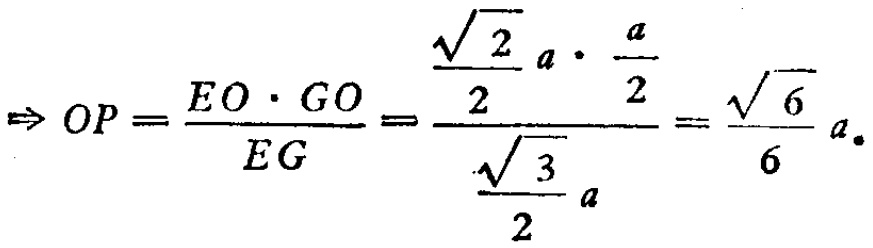
\(\Rightarrow OP=\frac{EO\cdot GO}{EG}=\frac{\frac{\sqrt{2}}{2}a\cdot\frac{a}{2}}{\frac{\sqrt{3}}{2}a}=\frac{\sqrt{6}}{6}a\)